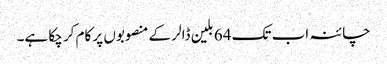
چائنہ اب تک 64 بلین ڈالر کے منصوبوں پر کام کر چکا ہے۔